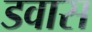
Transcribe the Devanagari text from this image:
डवास